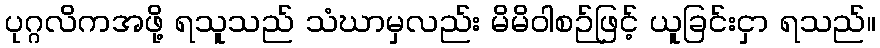
ပုဂ္ဂလိကအဖို့ ရသူသည် သံဃာမှလည်း မိမိဝါစဉ်ဖြင့် ယူခြင်းငှာ ရသည်။